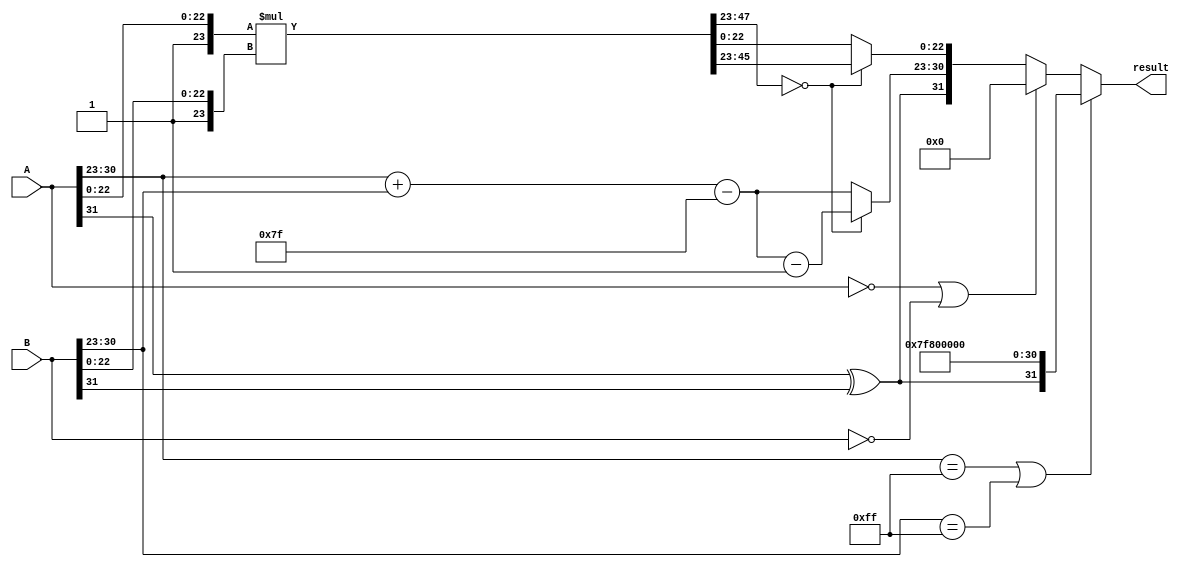
module fp_multiplier (
    input  wire [31:0] A, // First floating-point input
    input  wire [31:0] B, // Second floating-point input
    output reg  [31:0] result // Resulting floating-point output
);

    // Constants
    localparam BIAS = 8'd127;
    localparam EXPONENT_BITS = 8;
    localparam MANTISSA_BITS = 23;

    // Extract sign, exponent, and mantissa
    wire sign_A = A[31];
    wire sign_B = B[31];
    wire [EXPONENT_BITS-1:0] exponent_A = A[30:23];
    wire [EXPONENT_BITS-1:0] exponent_B = B[30:23];
    wire [MANTISSA_BITS-1:0] mantissa_A = A[22:0];
    wire [MANTISSA_BITS-1:0] mantissa_B = B[22:0];

    // Calculate sign of the result
    wire sign_result = sign_A ^ sign_B;

    // Calculate exponent
    wire [EXPONENT_BITS:0] exponent_result = {1'b0, exponent_A} + {1'b0, exponent_B} - BIAS;

    // Normalize mantissas (add implicit leading 1)
    wire [MANTISSA_BITS+1:0] normalized_mantissa_A = {1'b1, mantissa_A};
    wire [MANTISSA_BITS+1:0] normalized_mantissa_B = {1'b1, mantissa_B};

    // Mantissa multiplication
    wire [2*MANTISSA_BITS+2:0] mantissa_product = normalized_mantissa_A * normalized_mantissa_B;

    // Normalization logic
    reg [MANTISSA_BITS-1:0] mantissa_final;
    reg [EXPONENT_BITS:0] exponent_final;
    reg overflow, underflow;

    always @(*) begin
        // Default values
        mantissa_final = 0;
        exponent_final = 0;
        overflow = 0;
        underflow = 0;

        // Check for overflow and underflow
        if (mantissa_product[2*MANTISSA_BITS+2]) begin
            // Overflow: shift right
            mantissa_final = mantissa_product[2*MANTISSA_BITS+1:MANTISSA_BITS+1];
            exponent_final = exponent_result + 1;
            overflow = 1;
        end else if (mantissa_product[2*MANTISSA_BITS+1:MANTISSA_BITS] == 0) begin
            // Underflow: shift left
            mantissa_final = mantissa_product[2*MANTISSA_BITS:MANTISSA_BITS];
            exponent_final = exponent_result - 1;
            underflow = 1;
        end else begin
            // Normal case
            mantissa_final = mantissa_product[MANTISSA_BITS-1:0];
            exponent_final = exponent_result;
        end
    end

    // Final output assembly
    always @(*) begin
        // Handle special cases
        if (exponent_A == 8'b11111111 || exponent_B == 8'b11111111) begin
            // One of the inputs is infinity or NaN
            result = {sign_result, 8'b11111111, 23'b0}; // Result is infinity
        end else if (A == 32'b0 || B == 32'b0) begin
            // One of the inputs is zero
            result = 32'b0; // Result is zero
        end else begin
            // Normal case
            result = {sign_result, exponent_final[EXPONENT_BITS-1:0], mantissa_final};
        end
    end

endmodule